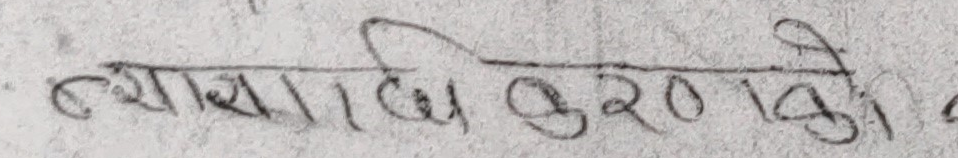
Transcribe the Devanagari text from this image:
ब्यासराखि कुरोकितो